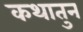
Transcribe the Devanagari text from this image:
कथातुन